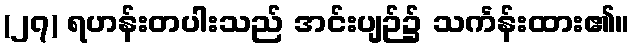
(၂၇) ရဟန်းတပါးသည် အင်းပျဉ်၌ သင်္ကန်းထား၏။